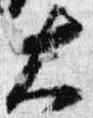
大